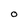
Character: O